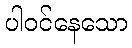
ပါဝင်နေသော